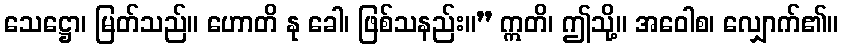
သေဋ္ဌော၊ မြတ်သည်။ ဟောတိ နု ခေါ၊ ဖြစ်သနည်း။” ဣတိ၊ ဤသို့။ အဝေါစ၊ လျှောက်၏။